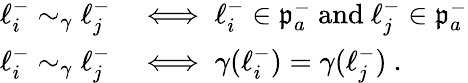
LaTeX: \begin{array}{rl}{\ell_{i}^{-}\sim_{\gamma}\ell_{j}^{-}}&{\iff\ell_{i}^{-}\in\mathfrak{p}_{a}^{-}\mathrm{~and~}\ell_{j}^{-}\in\mathfrak{p}_{a}^{-}}\\ {\ell_{i}^{-}\sim_{\gamma}\ell_{j}^{-}}&{\iff\gamma(\ell_{i}^{-})=\gamma(\ell_{j}^{-})~.}\end{array}